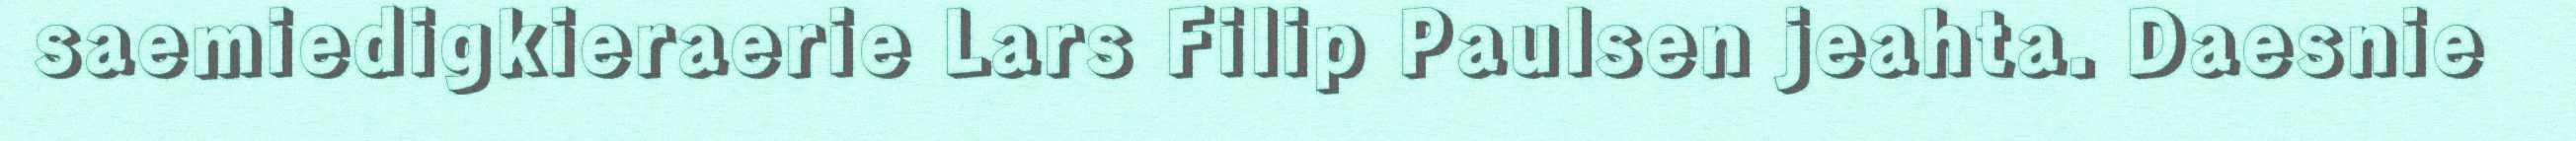
saemiedigkieraerie Lars Filip Paulsen jeahta. Daesnie